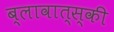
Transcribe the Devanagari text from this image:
ब्लावात्स्की